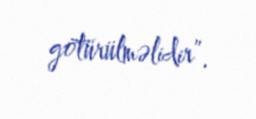
götürülməlidir”.